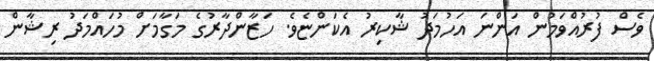
ވެސް ފުރުއްވަމުން އަންނަ އަހުމަދު ޝާކިރު އެކަންޏެވެ. ހަޒާންދާރުގެ މަގާމަށް މުހައްމަދު ރިޝާން